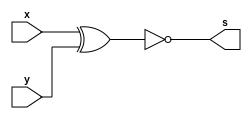
// ------------------------- 
// Exemplo0023 - FULL COMPARATOR (EQUALITY)
// Nome: Thaise Souto 
// ------------------------- 

// ------------------------- 
// half comparator 
// ------------------------- 
module halfComp (output s, input x, input y);
	wire equals;
	
	xnor EQUALS (equals, x, y);
	
	assign s = equals;
endmodule // halfComp

// ------------------------- 
// Exercicio0023 - Full Comparator (Equality) 6bits
// ------------------------- 
module fc6 (output s, input [5:0]a, input [5:0]b);
	wire s0, s1, s2, s3, s4, s5, saida; 
	
	halfComp HC0 (s0, a[0], b[0]);
	
	halfComp HC1 (s1, a[1], b[1]);
	
	halfComp HC2 (s2, a[2], b[2]);
	
	halfComp HC3 (s3, a[3], b[3]);
	
	halfComp HC4 (s4, a[4], b[4]);
	
	halfComp HC5 (s5, a[5], b[5]);
		
	and Verificador (saida, s0, s1, s2, s3, s4, s5);
	
	assign s = saida;
endmodule //exercicio

module test_equality; 
// ------------------------- definir dados 
	reg [5:0] x; 
	reg [5:0] y;
	wire equals; 
	fc6 SUB (equals, x, y);

// ------------------------- parte principal 
	initial begin 
		$display("Exemplo0023 - Thaise Souto - 395504"); 
		$display("Test ALU's full comparator (equality) "); 
		
		// projetar testes do somador completo
		#1 x = 6'b110101; y = 6'b001011;
		$monitor("%6b == %6b ? %1b", x, y, equals);

		#2 x = 6'b000000; y = 6'b000000;
		#3 x = 6'b111111; y = 6'b000000;
		#4 x = 6'b111111; y = 6'b111111;	
	end 
endmodule // test_equality